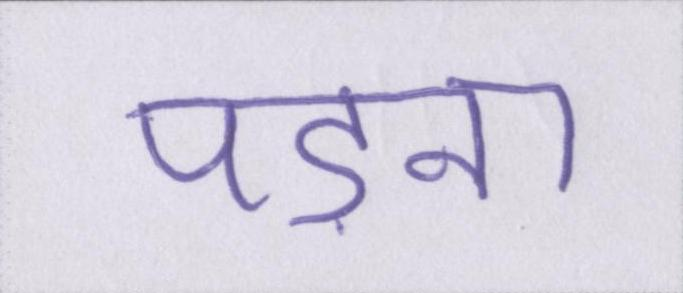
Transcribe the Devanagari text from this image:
पड़ना